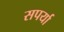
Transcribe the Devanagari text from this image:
सपर्या